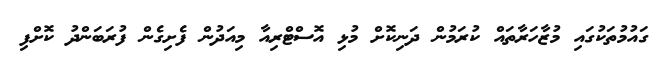
ގައުމުތަކުގައި މުޒާހަރާތައް ކުރަމުން ދަނިކޮށް މުޅި އޮސްޓްރިއާ މިއަދުން ފެށިގެން ފުރަބަންދު ކޮށްފި